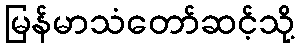
မြန်မာသံတော်ဆင့်သို့